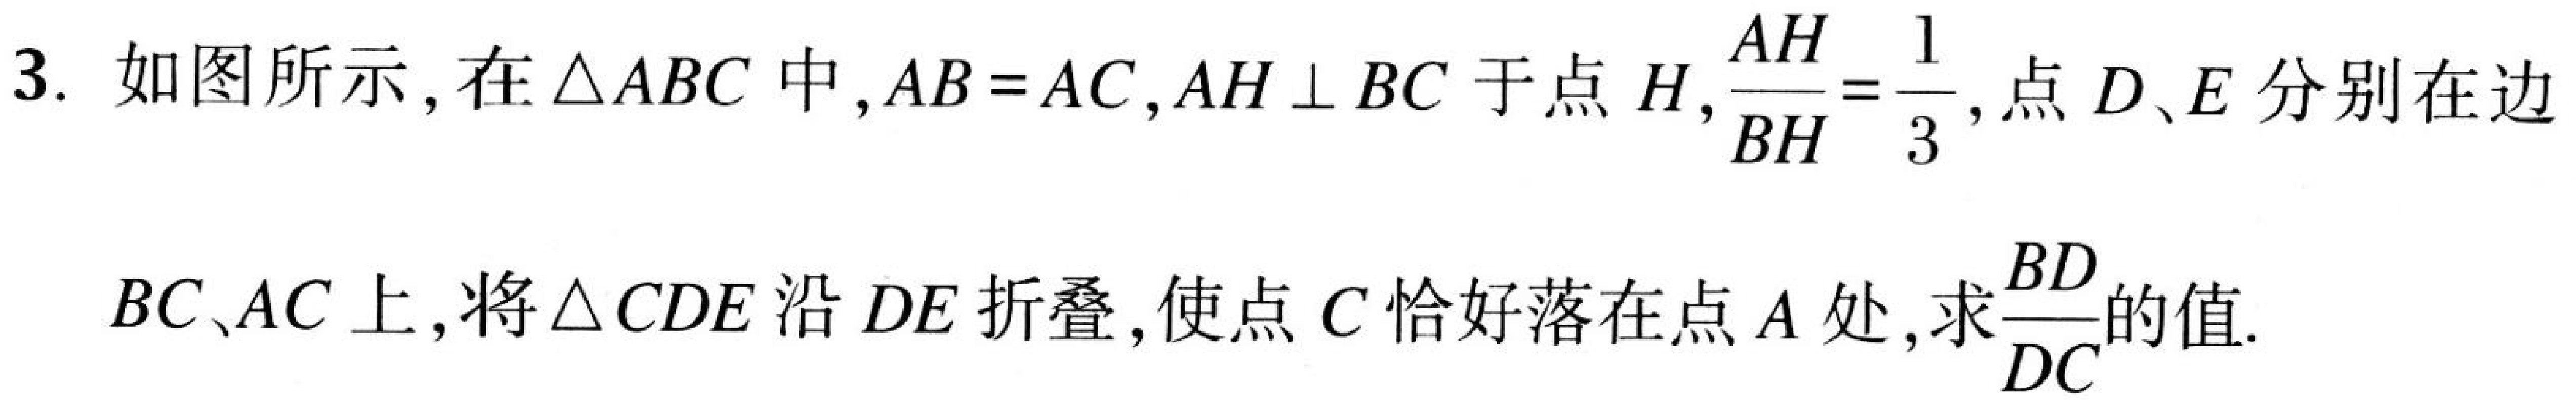
3. 如图所示，在\(\triangle ABC\)中，\(AB = AC\)，\(AH\perp BC\)于点\(H\)，\(\frac{AH}{BH}=\frac{1}{3}\)，点\(D、E\)分别在边\(BC、AC\)上，将\(\triangle CDE\)沿\(DE\)折叠，使点\(C\)恰好落在点\(A\)处，求\(\frac{BD}{DC}\)的值.